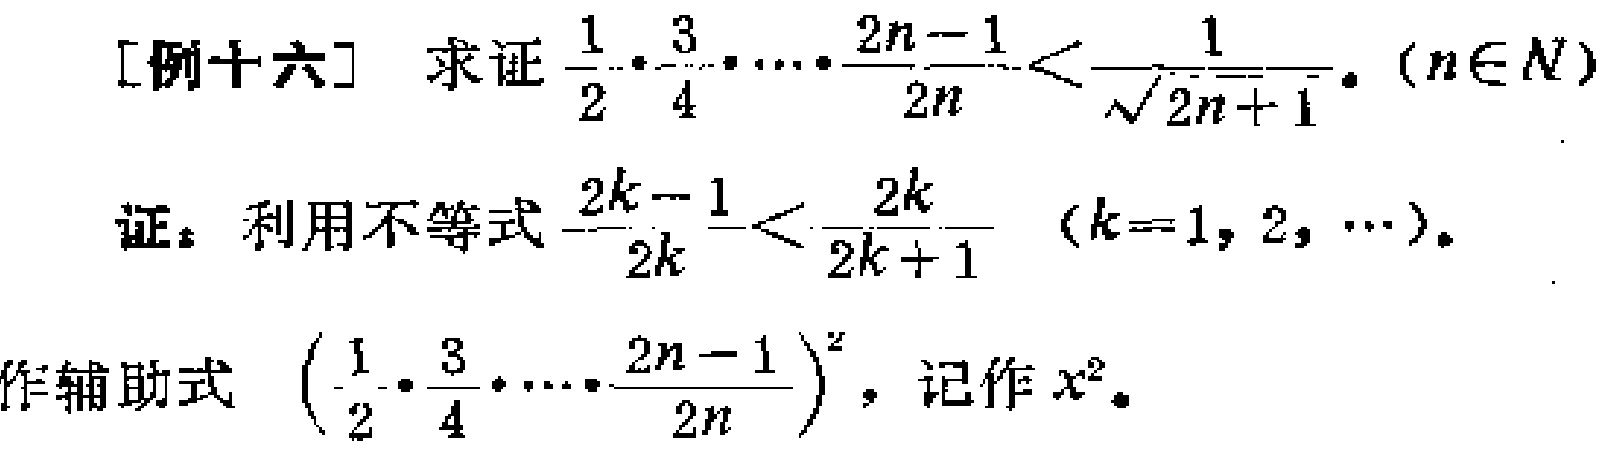
[例十六] 求证\(\frac{1}{2}\cdot\frac{3}{4}\cdots\cdot\frac{2n - 1}{2n}<\frac{1}{\sqrt{2n + 1}}\)。\((n\in N)\)

证：利用不等式\(\frac{2k - 1}{2k}<\frac{2k}{2k + 1}\) \((k = 1,2,\cdots)\)。

作辅助式\((\frac{1}{2}\cdot\frac{3}{4}\cdots\cdot\frac{2n - 1}{2n})^2\)，记作\(x^2\)。